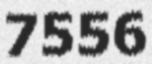
7556